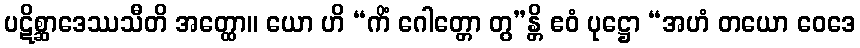
ပဋိစ္ဆာဒေဿသီတိ အတ္ထော။ ယော ဟိ “ကိံ ဂေါတ္တော တွ”န္တိ ဧဝံ ပုဋ္ဌော “အဟံ တယော ဝေဒေ